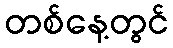
တစ်နေ့တွင်